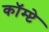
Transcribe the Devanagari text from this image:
कॉम्प्टे